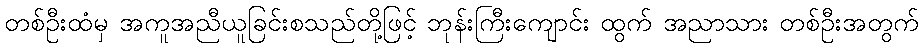
တစ်ဦးထံမှ အကူအညီယူခြင်းစသည်တို့ဖြင့် ဘုန်းကြီးကျောင်း ထွက် အညာသား တစ်ဦးအတွက်